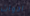
ادوات